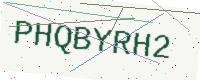
Text: PHQBYRH2